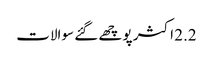
2.2 اکثر پوچھے گئے سوالات